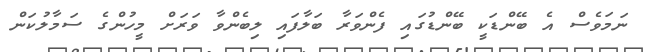
ނަމަވެސް އެ ބޭންޑަކީ ބޭންޑުގައި ފެންވަރާ ބަލާފައި ލިބެންވާ ވަރަށް މީހުންގެ ސަމާލުކަން